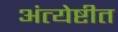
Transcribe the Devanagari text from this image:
अंत्येष्टीत